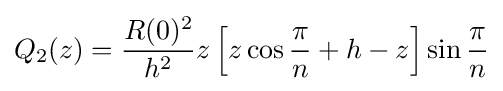
Q_{2}(z)={\frac {R(0)^{2}}{h^{2}}}z\left[z\cos {\frac {\pi }{n}}+h-z\right]\sin {\frac {\pi }{n}}